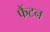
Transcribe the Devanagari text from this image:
फैंटन